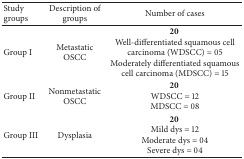
| Study groups | Description of groups | Number of cases |
 | --- | --- | --- |
 | Group I | Metastatic OSCC | 20 Well-differentiated squamous cell carcinoma (WDSCC) = 05Moderately differentiated squamous cell carcinoma (MDSCC) = 15 |
 | Group II | Nonmetastatic OSCC | 20 WDSCC = 12MDSCC = 08 |
 | Group III | Dysplasia | 20 Mild dys = 12Moderate dys = 04Severe dys = 04 |